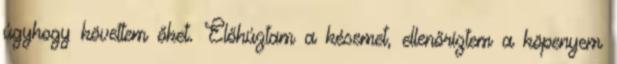
úgyhogy követtem őket. Előhúztam a késemet, ellenőriztem a köpenyem